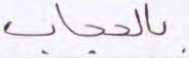
بالحجاب